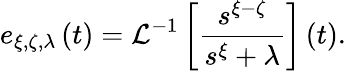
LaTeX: e_{\xi,\zeta,\lambda}\left(t\right)=\mathcal{L}^{-1}\left[\frac{s^{\xi-\zeta}}{s^{\xi}+\lambda}\right]\left(t\right).